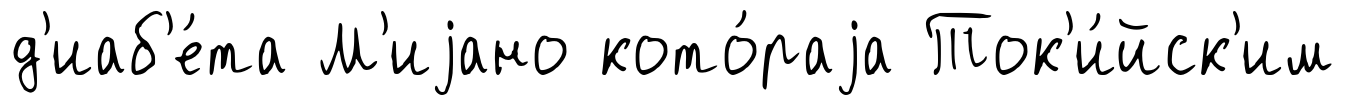
д'иаб'е́та М'иjано кото́раjа Ток'и́йск'им